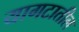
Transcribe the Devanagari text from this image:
यागटातील